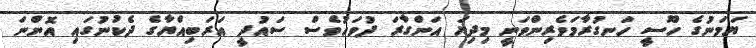
ޔަމަނުގެ ހޫސީ ހަނގުރާމަވެރިންވަނީ މިދިޔަ އަންގާރަ ދުވަހުވެސް ސައުދީ އަރަބިއްޔާގެ ދެކުނުގައި އޮންނަ